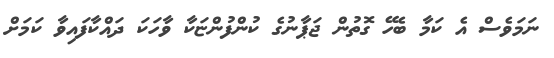
ނަމަވެސް އެ ކަމާ ބެހޭ ގޮތުން ޖަޕާނުގެ ކުންފުންޏަކާ ވާހަކަ ދައްކާފައިވާ ކަމަށް